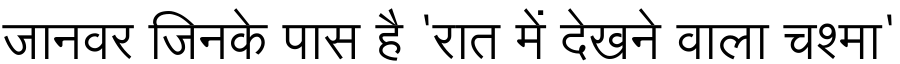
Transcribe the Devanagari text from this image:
जानवर जिनके पास है 'रात में देखने वाला चश्मा'